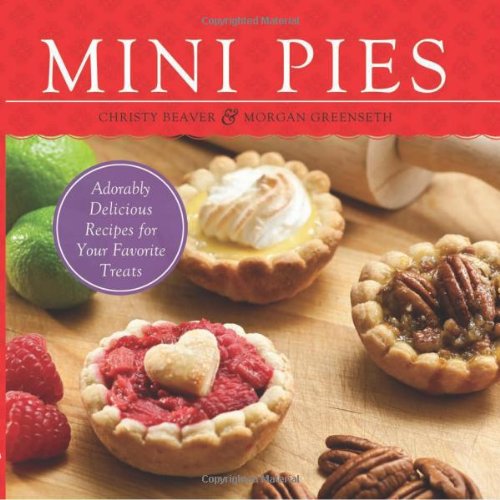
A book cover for Mini Pies: Adorable and Delicious Recipes for Your Favorite Treats; Christy Beaver; Cookbooks, Food & Wine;